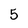
Character: 5